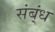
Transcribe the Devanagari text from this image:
संब्ंध